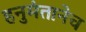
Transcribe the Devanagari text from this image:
हनुमंतानेच